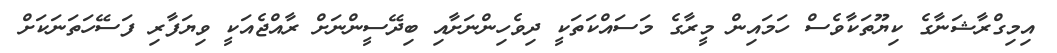
އިމިގްރާޝަނާގެ ކިޔޫތަކާވެސް ހަމައިން މީރާގެ މަސައްކަތަކީ ދިވެހިންނަށާއި ބިދޭސީންނަށް ރާއްޖެއަކީ ވިޔަފާރި ފަސޭހަތަނަކަށް